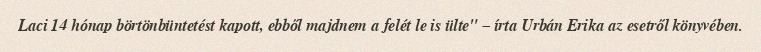
Laci 14 hónap börtönbüntetést kapott, ebből majdnem a felét le is ülte" – írta Urbán Erika az esetről könyvében.